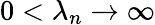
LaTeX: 0<\lambda_{n}\to\infty